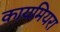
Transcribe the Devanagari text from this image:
कायमियरा